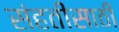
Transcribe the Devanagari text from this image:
संहतीसाठी